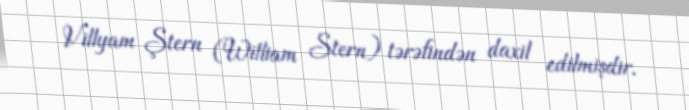
Villyam Ştern (William Stern) tərəfindən daxil edilmişdir.